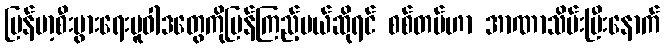
မြန်မာ့စီးပွားရေးမူဝါဒတွေကိုပြန်ကြည့်မယ်ဆိုရင် စစ်တပ်ဟာ အာဏာသိမ်းပြီးနောက်